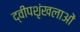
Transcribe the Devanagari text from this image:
द्वीपशृंखलाओं